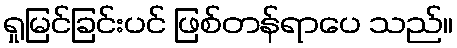
ရှုမြင်ခြင်းပင် ဖြစ်တန်ရာပေ သည်။